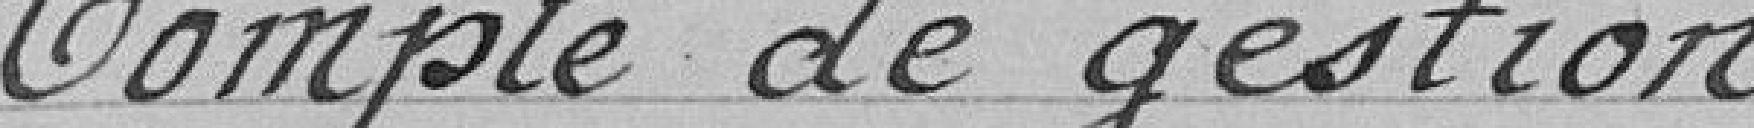
Compte de gestion